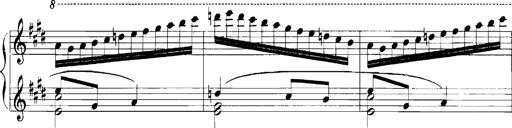
Title: Rhapsodies hongroises
Composer: Franz Liszt